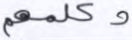
وكلمهم